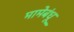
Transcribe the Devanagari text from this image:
मामेबंधू